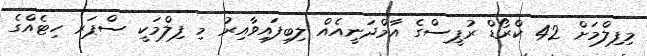
މިފިލްމަށް 42 ކްރޯޑް ރުޕީސްގެ އާމްދަނީއެއް ލިބިފައިވާއިރު މި ފިލްމަކީ ސްޕަރ ހިޓެއްގެ